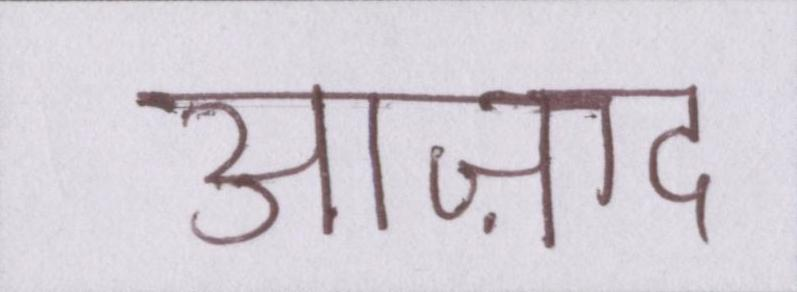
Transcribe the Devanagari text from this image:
आज़ाद